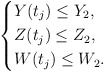
\begin{align*}\left\{\begin{aligned}&Y(t_{j})\leq Y_2,\\&Z(t_j)\leq Z_2,\\&W(t_j)\leq W_2.\end{aligned}\right.\end{align*}